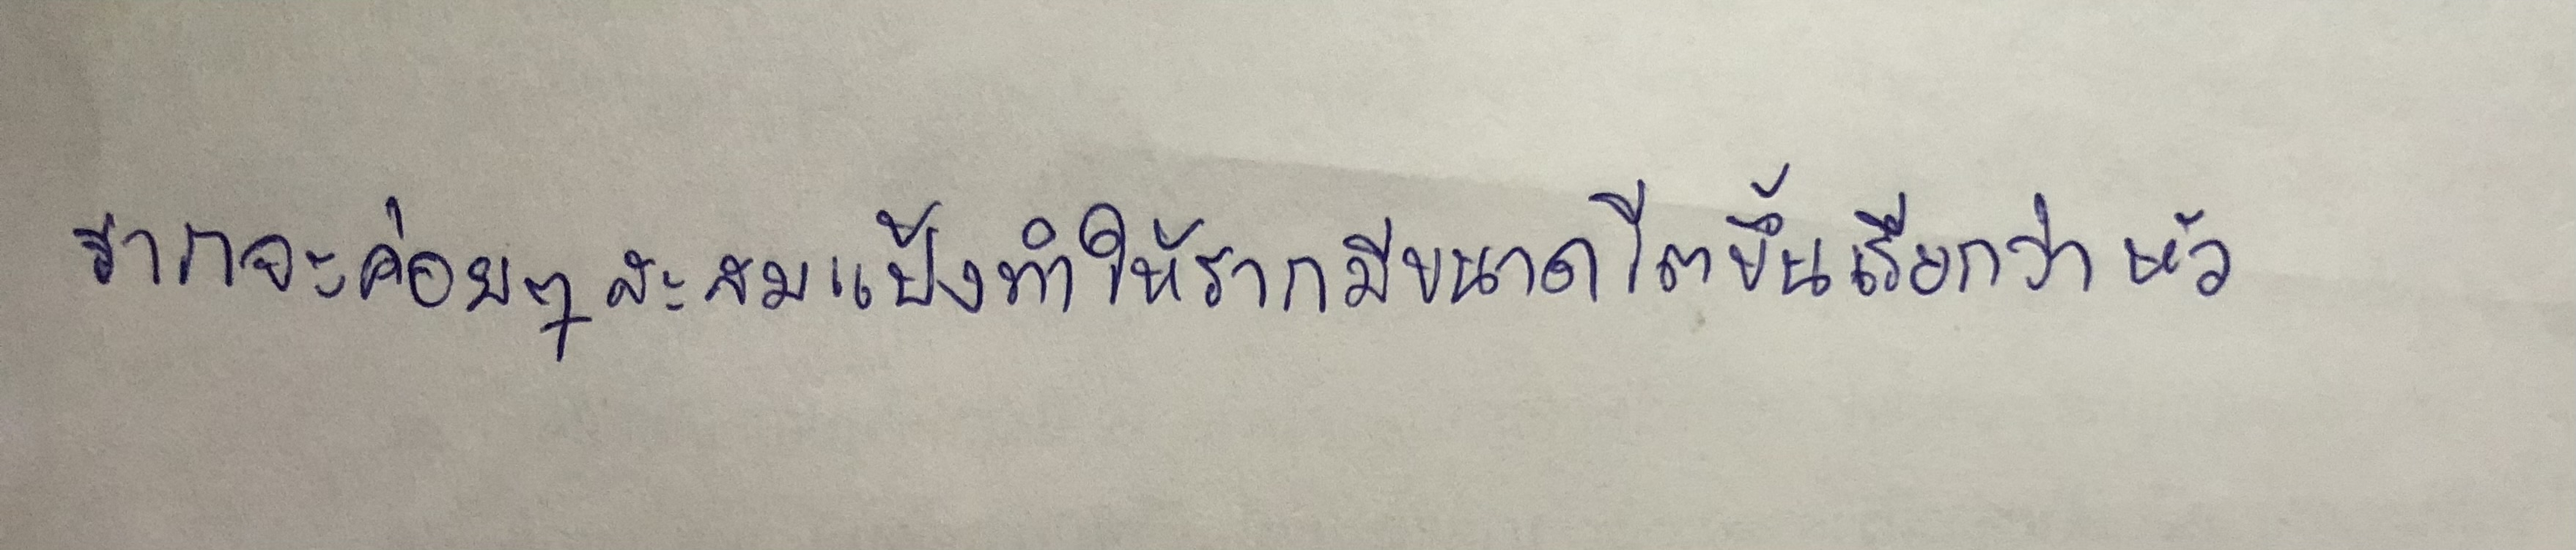
รากจะค่อยๆสะสมแป้งทำให้รากมีขนาดโตขึ้นเรียกว่าหัว